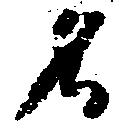
名